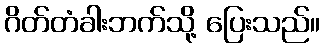
ဂိတ်တံခါးဘက်သို့ ပြေးသည်။